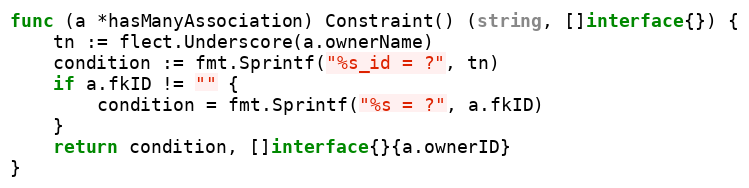
Language: Go
func (a *hasManyAssociation) Constraint() (string, []interface{}) {
	tn := flect.Underscore(a.ownerName)
	condition := fmt.Sprintf("%s_id = ?", tn)
	if a.fkID != "" {
		condition = fmt.Sprintf("%s = ?", a.fkID)
	}
	return condition, []interface{}{a.ownerID}
}